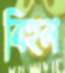
বিহল